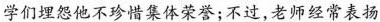
学们埋怨他不珍惜集体荣誉；不过，老师经常表扬